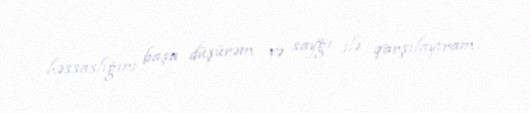
həssaslığını başa düşürəm və sayğı ilə qarşılayıram.